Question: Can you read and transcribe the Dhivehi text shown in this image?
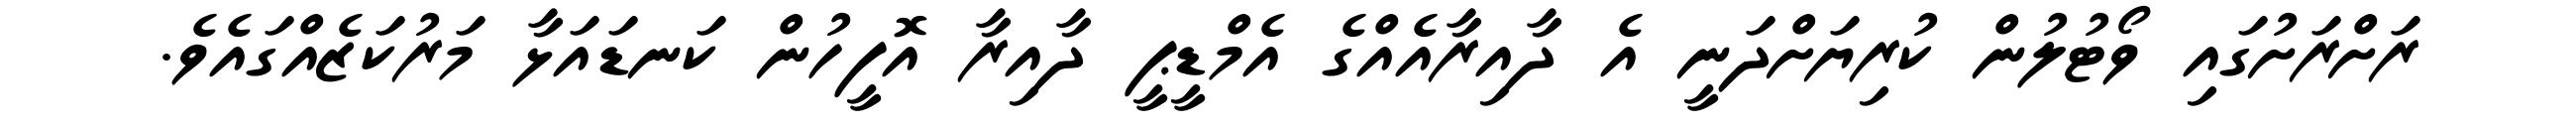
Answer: ރަށްރަށުގައި ވޯޓުލުން ކުރިޔަށްދަނީ އެ ދާއިރާއެއްގެ އެމްޑީޕީ ދާއިރާ އޮފީހުން ކަނޑައަޅާ މަރުކަޒެއްގައެވެ.